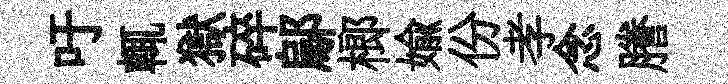
吁輒獄碎鄔榔媮份孝念謄